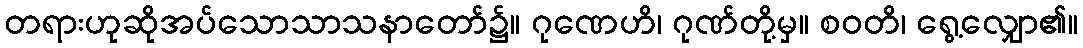
တရားဟုဆိုအပ်သောသာသနာတော်၌။ ဂုဏေဟိ၊ ဂုဏ်တို့မှ။ စဝတိ၊ ရွေ့လျှော၏။